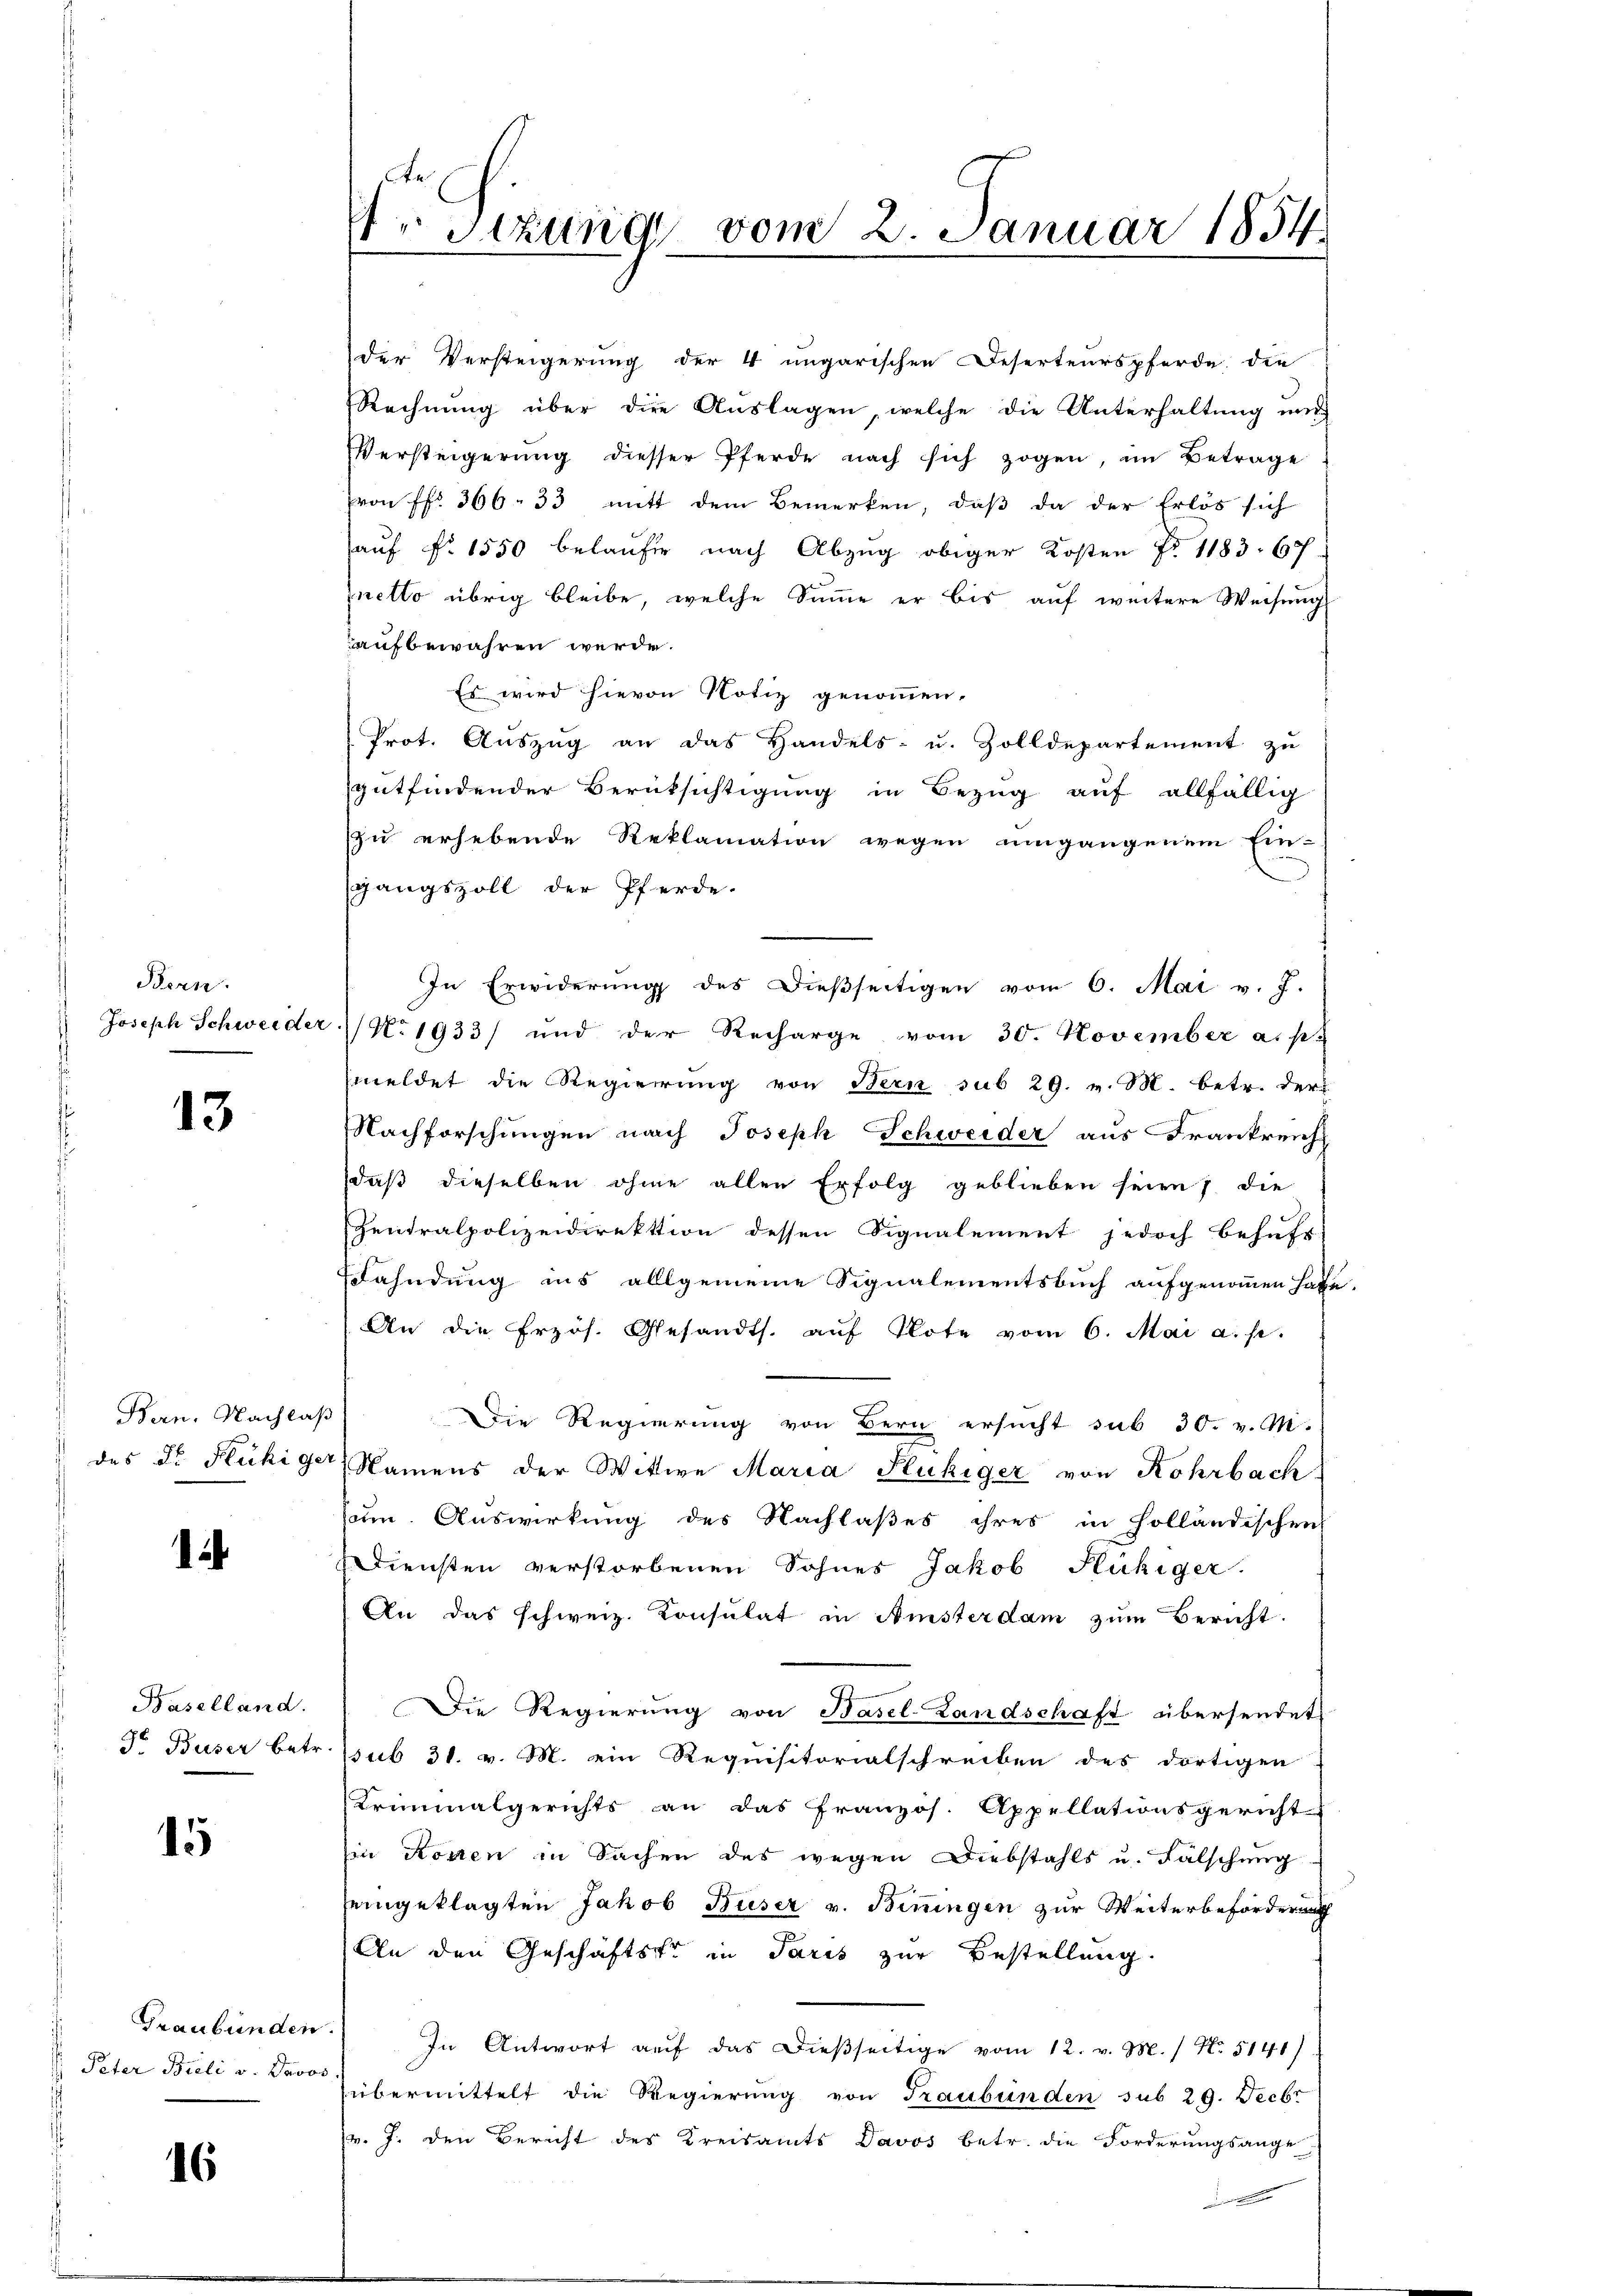
Bern.

13

Bern. Nachlaß

.

Baselland.

15

Graubünden
: Peter Bieli v. Davo

16

der Versteigerung der 4 ungarischen Deserteurspferde, die
Rechnung über die Auslagen, welche die Unterhaltung und
Versteigerung diesser Pferde nach sich zogen, im Betrage
ron Fr. 366. 33 mitt dem Bemerken, daß da der Erlös sich
auf No 1550 belaufe nach Abzug obiger Kosten No 1183. 67
netto übrig bleibe, welche Summe er bis auf weitere Weisung
aufbewahren werde.
Es wird hievon Notiz genommen.
Prot. Auszug an das Handels- u. Zolldepartement zu
gutfindender Berüksichtigung in Bezug auf allfällig
zu erhebende Reklamation wegen umgangenem Ein-
sgangszoll der Pferde-
In Erwiderŭng des Dieβseitigen vom 6. Mai v. J.
Joseph Schweider No 1933) und der Recharge vom 30. November a. p.
meldet die Regierung von Bern sub 29. v. M. betr. der
Nachforschungen nach Joseph Schweider aus Frankreich
daß dieselben ohne allen Erfolg geblieben seien; die
Zentralpolizeidirektion dessen Signalement jedoch behufs
Wahndung ins allgemeine Signalementsbuch aufgenommen habe.
An die frzös. Gesandts. aŭf Note vom 6. Mai a. p.
Die Regierung von Bern ersucht sub 30. v. M.
des Dr. Fluhiger, Namens der Wittwe Maria Fukiger von Rohrbach
zum. Auswirkung des Nachlaßes ihres in holländischen
diensten verstorbenen Sohnes Jakob Flüchiger.
An das schweiz. Konsulat in Amsterdam zum Bericht.
Die Regierung von Basel-Landschaft übersendet
So Buser betr. sub 31. v. M. ein Requisitorialschreiben des dortigen
Kriminalgerichts an das Französ. Appellationsgericht
in Kosten in Sachen des wegen Diebstahls u. Fälschung
seingeklagten Jakob Büser v. Biningen zur Weiterbeförderung
An den Geschäftster in Paris zur Bestellung.
In Antwort auf das dießseitige vom 12. v. M. / No. 5141)
.
übermittelt die Regierung von Graubünden sub 29. Decbr
v. J. den Bericht des Kreisamts Davos betr. die Forderungsange

P Itzung vom 2. Januar 1854.